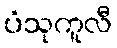
ပံသုကူလီ